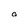
Character: a